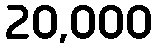
20,000